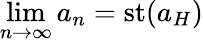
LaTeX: \operatorname*{lim}_{n\to\infty}a_{n}=\operatorname{st}(a_{H})